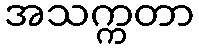
အသက္ကတာ